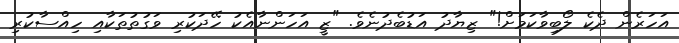
އަހަރެން ދެކެ ލޯބިވާކަމަށް!" ޒިޔާދު އަޑުބެދުނެވެ. "ޒީ އަހަންނާއެކު ހޭދަކުރި ވަގުތުތަކާއި ހިއްސާކުރި